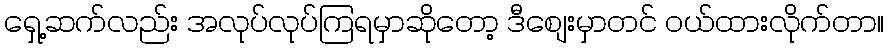
ရှေ့ဆက်လည်း အလုပ်လုပ်ကြရမှာဆိုတော့ ဒီစျေးမှာတင် ဝယ်ထားလိုက်တာ။